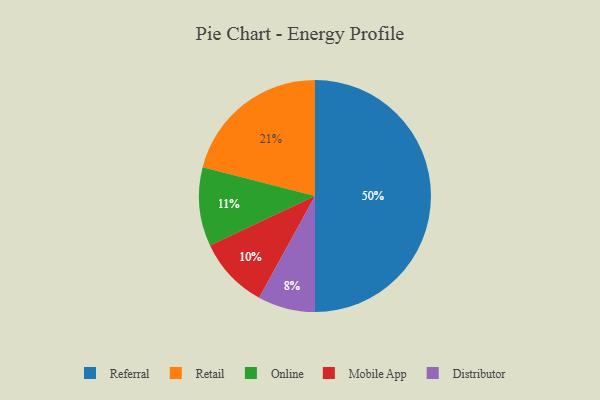
{"axis": {"x": "Category", "y": "Percentage"}, "legend": ["Distributor", "Mobile App", "Online", "Referral", "Retail"], "data": [{"x": "Referral", "y": 50, "type": "Referral"}, {"x": "Retail", "y": 21, "type": "Retail"}, {"x": "Distributor", "y": 8, "type": "Distributor"}, {"x": "Mobile App", "y": 10, "type": "Mobile App"}, {"x": "Online", "y": 11, "type": "Online"}]}